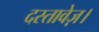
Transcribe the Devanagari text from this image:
दस्तावेज़।